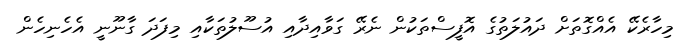
މިހާރެކޭ އެއްގޮތަށް ދައުލަތުގެ އޮފީސްތަކުން ނެރޭ ގަވާއިދާއި އުސޫލުތަކާއި މިފަދަ ގާނޫނީ އެހެނިހެން